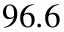
9 6 . 6